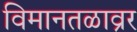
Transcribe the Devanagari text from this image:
विमानतळाव्रर